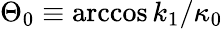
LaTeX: \Theta_{0}\equiv\operatorname{arccos}k_{1}/\kappa_{0}